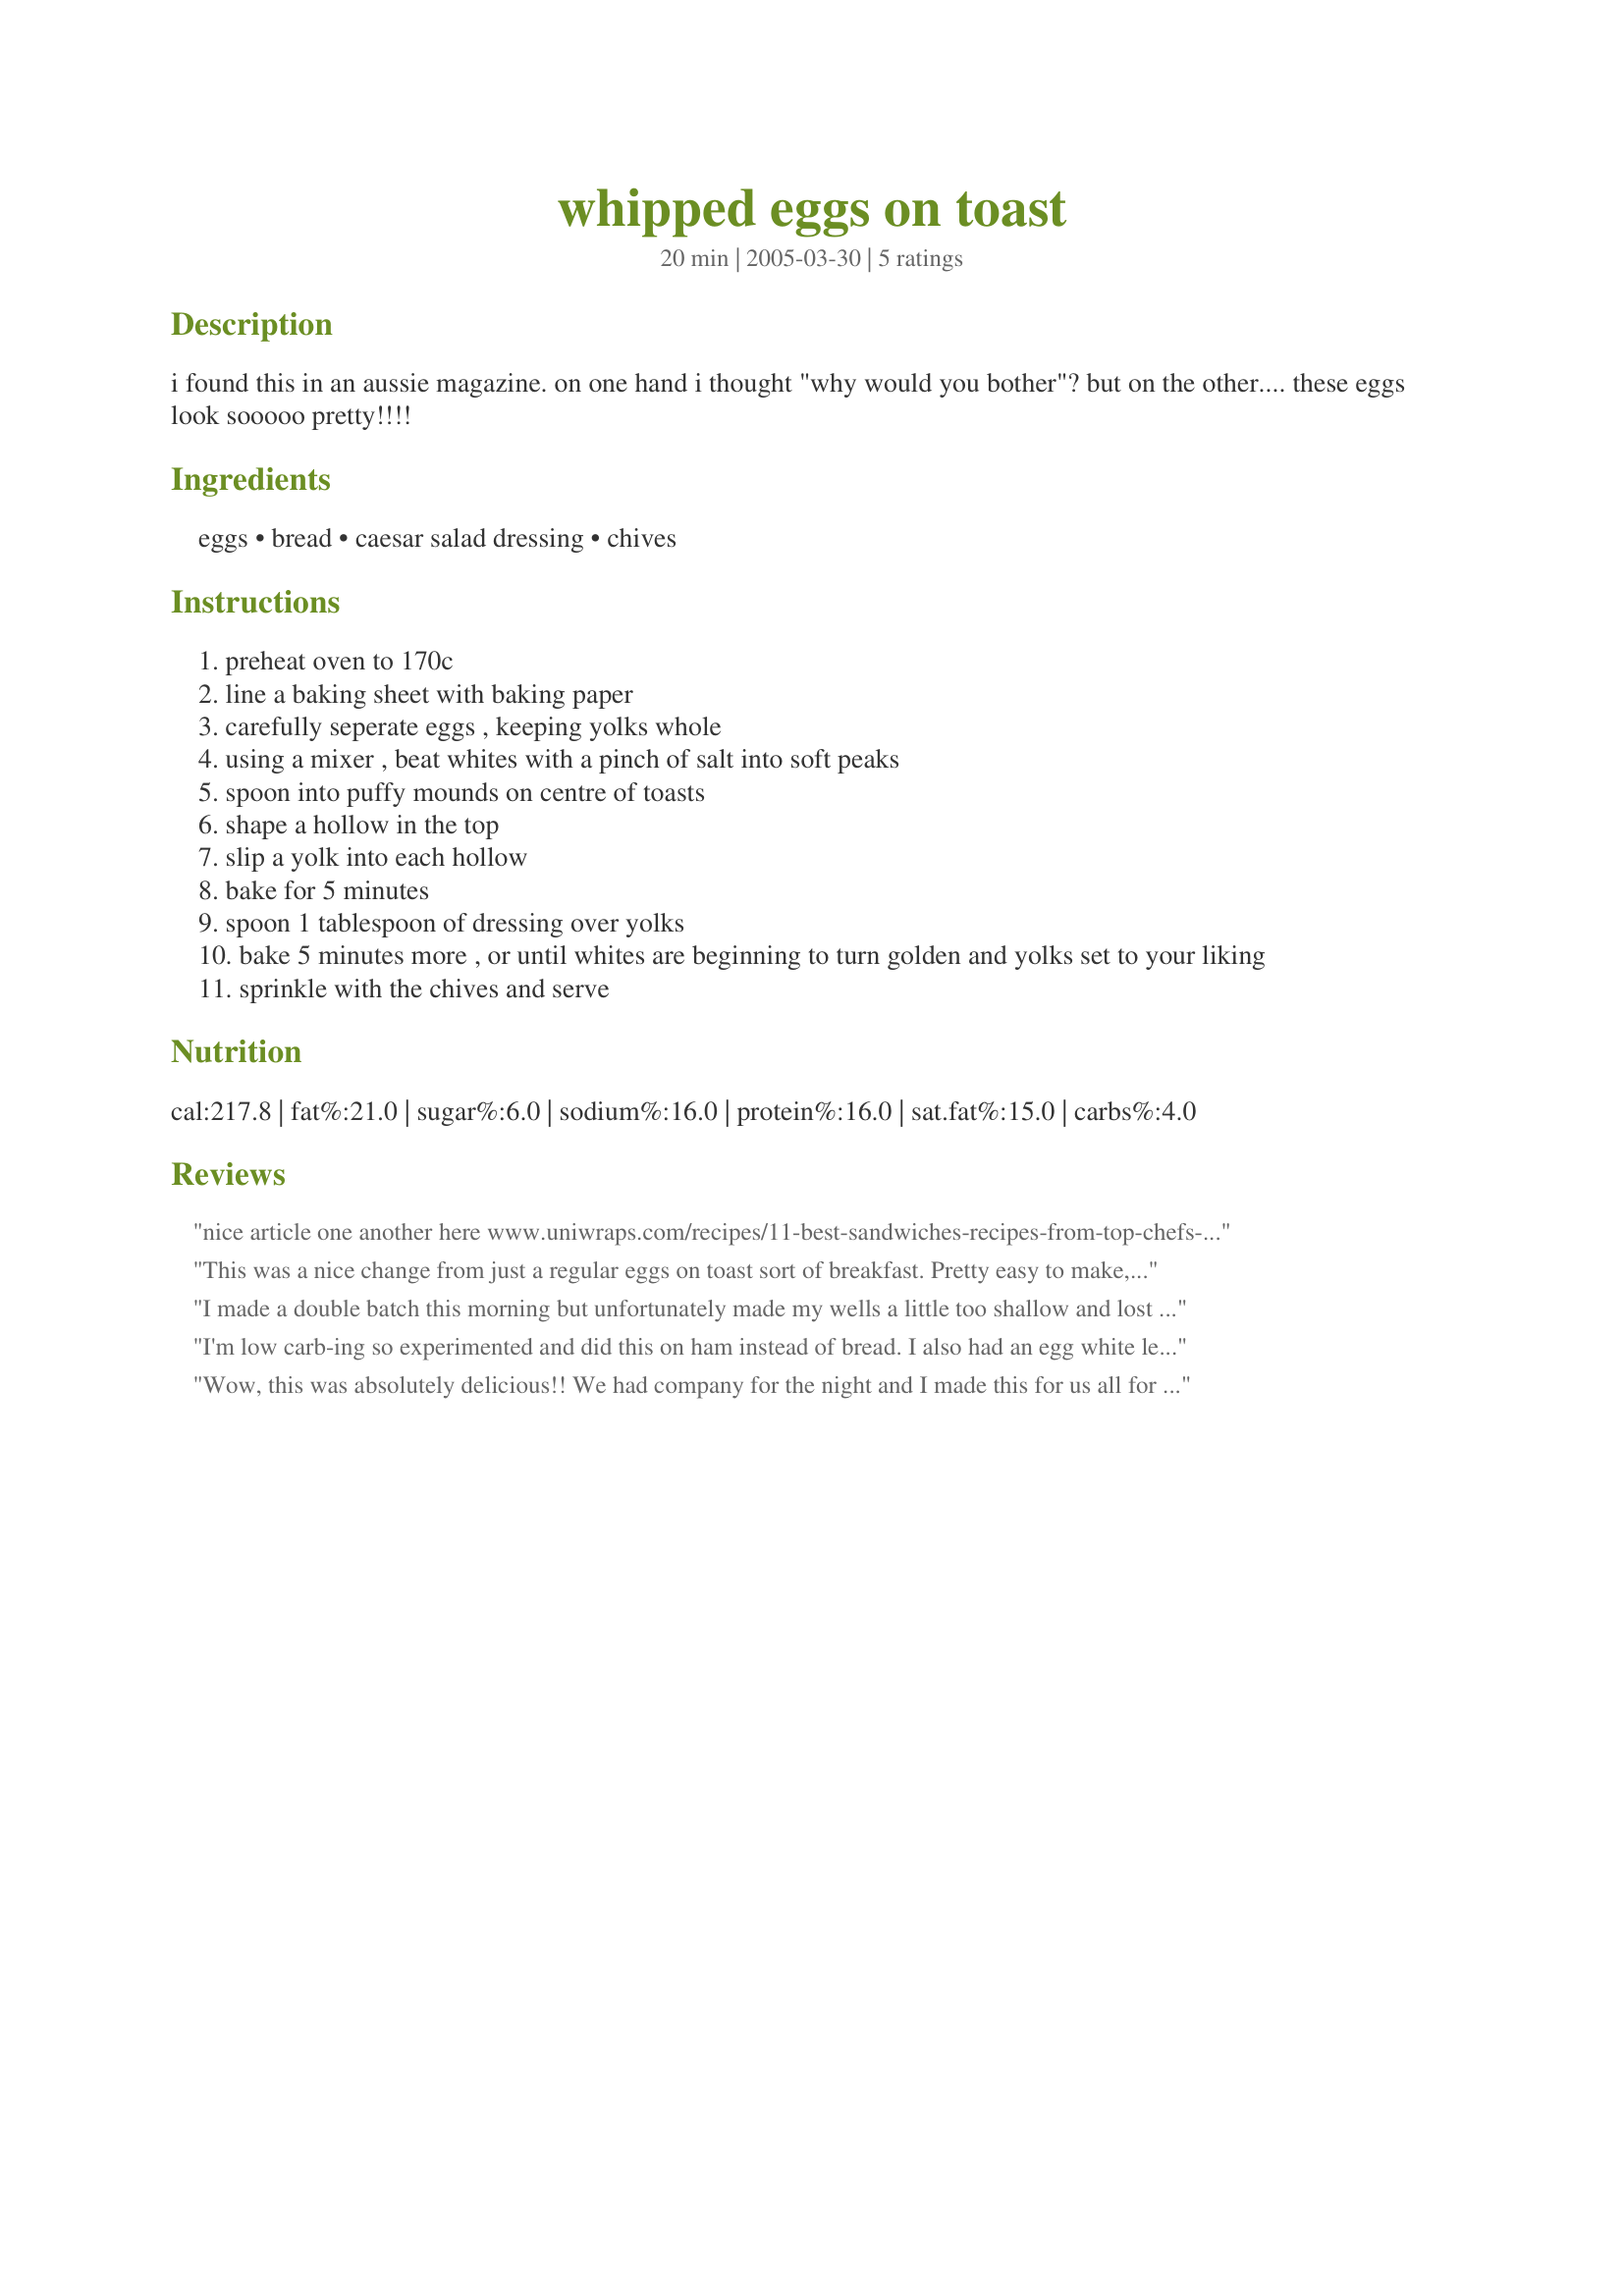
whipped eggs on toast
Preparation time: 20 minutes

i found this in an aussie magazine. on one hand i thought "why would you bother"? but on the other.... these eggs look sooooo pretty!!!!

Ingredients:
eggs, bread, caesar salad dressing, chives

Steps:
preheat oven to 170c
line a baking sheet with baking paper
carefully seperate eggs , keeping yolks whole
using a mixer , beat whites with a pinch of salt into soft peaks
spoon into puffy mounds on centre of toasts
shape a hollow in the top
slip a yolk into each hollow
bake for 5 minutes
spoon 1 tablespoon of dressing over yolks
bake 5 minutes more , or until whites are beginning to turn golden and yolks set to your liking
sprinkle with the chives and serve

Reviews:
nice article one another here www.uniwraps.com/recipes/11-best-sandwiches-recipes-from-top-chefs-in-india/
This was a nice change from just a regular eggs on toast sort of breakfast. Pretty easy to make, though I did have one egg break open in the oven. Our yolks stayed pretty runny which is how we like them, but I think it would be good if you allowed it to go a little longer as well so they were more set up. We used the caesar dressing on ours, and I cut up a french bread loaf for the toast. This would be a nice company breakfast.
I made a double batch this morning but unfortunately made my wells a little too shallow and lost two yolks to the baking sheet. So worth the extra few minutes it takes to prepare the eggs. The family wants a repeat of this soon only with a little less caesar dressing on them. Made for Aussie/NZ RS#32.
I'm low carb-ing so experimented and did this on ham instead of bread. I also had an egg white left over from another recipe today so I added that and got what looks in the photo, like a small egg explosion LOL.. but that's simply what the additional volume of egg white did. I'd rather that my photo wasn't the default for this recipe please in case people get the wrong idea :)
Taste: great! I liked it... it was a tasty lunch and was fairly quick and easy to make. Would I often go to the bother of whipping up egg white for just a different way to make eggs? truthfully probably not, but for a special occasion it's worth it and the taste was lovely. I didn't miss the bread either, but wouldn't add extra egg white next time becuase it got things a little out of proportion visually. Thanks!
Wow, this was absolutely delicious!! We had company for the night and I made this for us all for breakfast and it was devoured! Well worth it!! Thanks for a delicious change Jan! EDITED AUGUST 2006 to add a picture. We really do love this dish and make it often, I just realized I had never submitted a photo of it!
